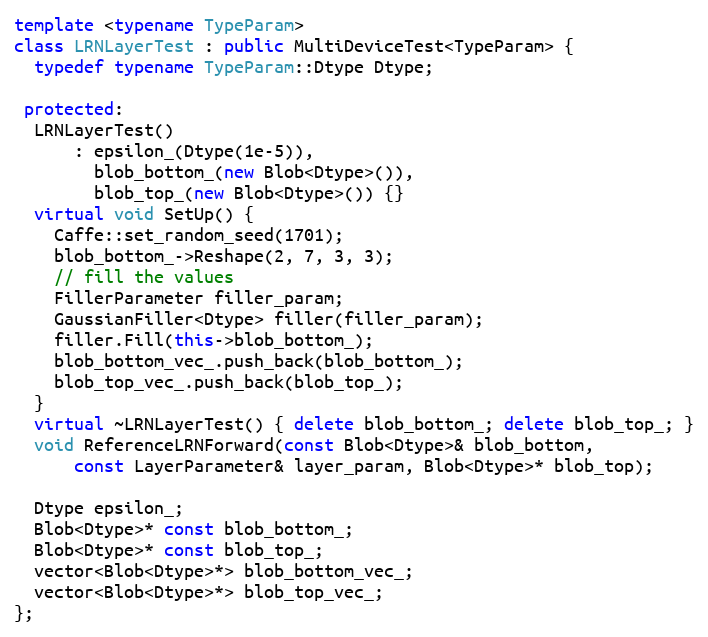
Language: C++
template <typename TypeParam>
class LRNLayerTest : public MultiDeviceTest<TypeParam> {
  typedef typename TypeParam::Dtype Dtype;

 protected:
  LRNLayerTest()
      : epsilon_(Dtype(1e-5)),
        blob_bottom_(new Blob<Dtype>()),
        blob_top_(new Blob<Dtype>()) {}
  virtual void SetUp() {
    Caffe::set_random_seed(1701);
    blob_bottom_->Reshape(2, 7, 3, 3);
    // fill the values
    FillerParameter filler_param;
    GaussianFiller<Dtype> filler(filler_param);
    filler.Fill(this->blob_bottom_);
    blob_bottom_vec_.push_back(blob_bottom_);
    blob_top_vec_.push_back(blob_top_);
  }
  virtual ~LRNLayerTest() { delete blob_bottom_; delete blob_top_; }
  void ReferenceLRNForward(const Blob<Dtype>& blob_bottom,
      const LayerParameter& layer_param, Blob<Dtype>* blob_top);

  Dtype epsilon_;
  Blob<Dtype>* const blob_bottom_;
  Blob<Dtype>* const blob_top_;
  vector<Blob<Dtype>*> blob_bottom_vec_;
  vector<Blob<Dtype>*> blob_top_vec_;
};